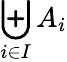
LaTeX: \biguplus_{i\in I}A_{i}